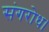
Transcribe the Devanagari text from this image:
संगरोध।